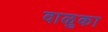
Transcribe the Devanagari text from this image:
वाळुका